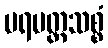
ပရမတ္ထသစ္စံ